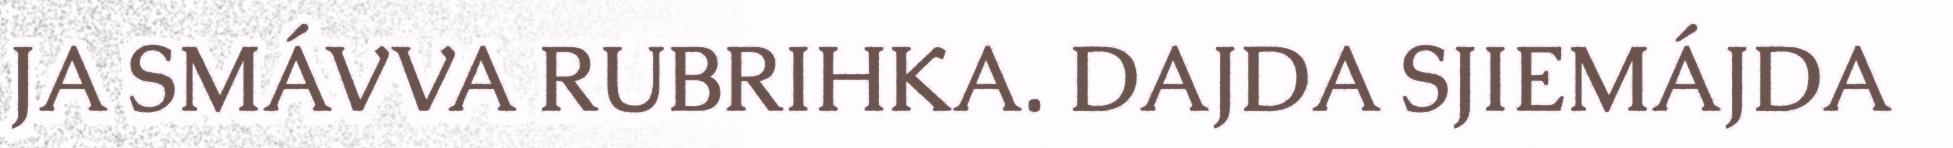
JA SMÁVVA RUBRIHKA. DAJDA SJIEMÁJDA